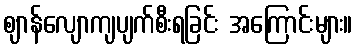
ဈာန်လျောကျပျက်စီးရခြင်း အကြောင်းများ။